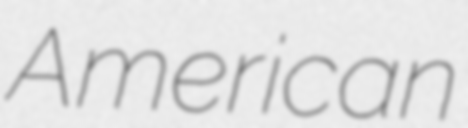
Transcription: American